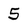
Character: 5